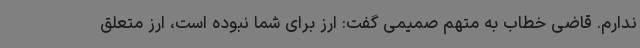
ندارم. قاضی خطاب به متهم صمیمی گفت: ارز برای شما نبوده است، ارز متعلق